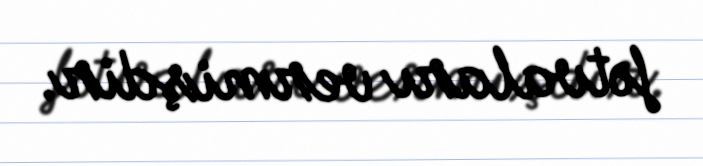
fətvaları vermişdir.